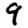
Digit: 9